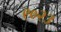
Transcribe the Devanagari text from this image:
९०२३